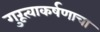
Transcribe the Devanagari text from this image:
गुरूत्वाकर्षणाचा